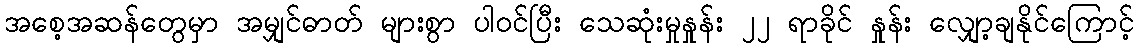
အစေ့အဆန်တွေမှာ အမျှင်ဓာတ် များစွာ ပါဝင်ပြီး သေဆုံးမှုနှုန်း ၂၂ ရာခိုင် နှုန်း လျှော့ချနိုင်ကြောင့်